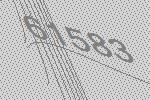
61583